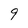
Character: 9